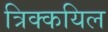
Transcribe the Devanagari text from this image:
त्रिक्कयिल